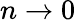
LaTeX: n\rightarrow 0